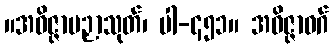
။အဝိဇ္ဇာပဉှာသုတ်၊ ပါ-၄၅၁။ အဝိဇ္ဇာဝဂ်